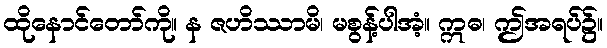
ထိုနောင်တော်ကို။ န ဇဟိဿာမိ၊ မစွန့်ပါအံ့။ ဣဓ၊ ဤအရပ်၌။